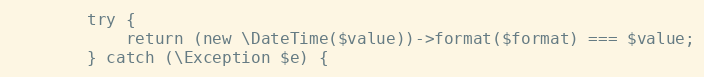
Language: PHP
		try {
			return (new \DateTime($value))->format($format) === $value;
		} catch (\Exception $e) {